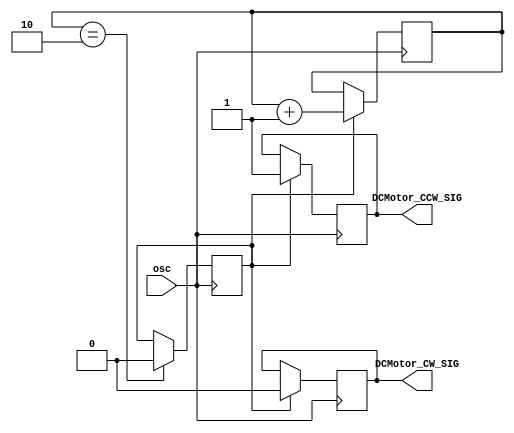
`timescale 1ns / 1ps
//////////////////////////////////////////////////////////////////////////////////
// Company: 
// Engineer: 
// 
// Design Name: 
// Module Name:    DcMotor 
// Project Name: 
// Target Devices: 
// Tool versions: 
// Description: 
//
// Dependencies: 
//
// Revision: 
// Revision 0.01 - File Created
// Additional Comments: 
//
//////////////////////////////////////////////////////////////////////////////////
module DcMotor(
    input osc,
	 //input [31:0]echo_cnt,//
    output DCMotor_CCW_SIG,
    output DCMotor_CW_SIG
    );
reg [31:0] stop_cnt = 0;
reg DCMotor_CCW_SIG_r;
reg DCMotor_CW_SIG_r;
reg [27:0] cnt = 0;
reg [27:0] cnt1 = 0;
wire stop_flag;

reg [1:0]reset_cnt = 0;
reg reset = 1'b1;
always@(posedge osc)
begin
	if(reset==1'b1)
	begin
	reset_cnt <= reset_cnt + 1'b1;
	end 
   if(reset_cnt==2)
	begin
	reset <= 1'b0;
	end
end 

always@(posedge osc)
begin
	if(reset == 1'b1)
	begin
		DCMotor_CCW_SIG_r <=1'b1;
		DCMotor_CW_SIG_r <=1'b0;
	end

	else cnt <= cnt + 1'b1;
end 



assign stop_flag = (cnt1>32'd1000)? 1'b0: 1'b1; 
assign DCMotor_CCW_SIG=DCMotor_CCW_SIG_r&stop_flag;
assign DCMotor_CW_SIG=DCMotor_CW_SIG_r&stop_flag;

endmodule